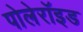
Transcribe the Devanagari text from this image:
पोलेरॉइड